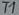
Text: T1